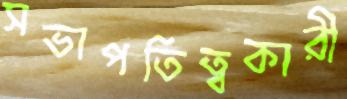
সভাপতিত্বকারী